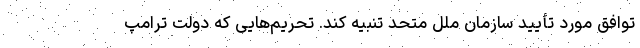
توافق مورد تأیید سازمان ملل متحد تنبیه کند. تحریم‌هایی که دولت ترامپ